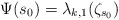
\begin{align*}\Psi(s_0)= \lambda_{k,1}(\zeta_{s_0})\end{align*}